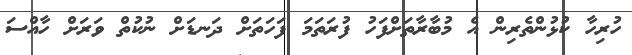
ހުރިހާ ކުޅުންތެރިން އެ މުބާރާތަށްފަހު ފުރަތަމަ ފަހަތަށް ދަނޑަށް ނުކުތް ވަރަށް ހާއްސަ